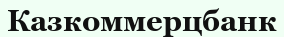
Казкоммерцбанк